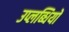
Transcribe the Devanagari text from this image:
उप्लब्धियों